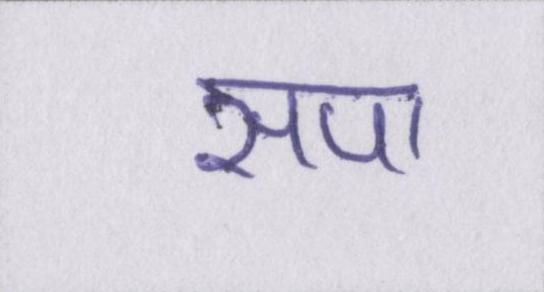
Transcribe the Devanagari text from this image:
सपा